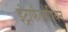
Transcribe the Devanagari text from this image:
इंट्राफैलोपियन